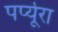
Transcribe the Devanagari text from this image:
पर्प्यूरा